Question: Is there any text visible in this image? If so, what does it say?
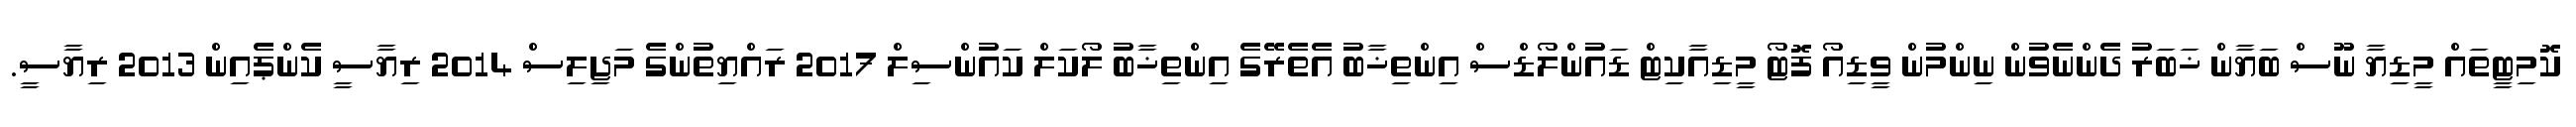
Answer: ކޮމިޓީތައް މީޑިޔާ ނޫސް ބަޔާން ޚަބަރު ދެންނެވުން ނިންމުން ވީޑިއޯ ފޮޓޯ މީޑިއާކިޓް ޑައުންލޯޑްސް އިންތިޚާބު އެތެރޭގެ އިންތިޚާބު ލޯކަލް ކައުންސިލް 2017 ރައްޔިތުންގެ މަޖިލިސް 2014 ރިޔާސީ ކެންޕެއިން 2013 ރިޔާސީ.